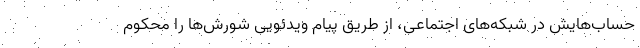
حساب‌هایش در شبکه‌های اجتماعی، از طریق پیام ویدئویی شورش‌ها را محکوم